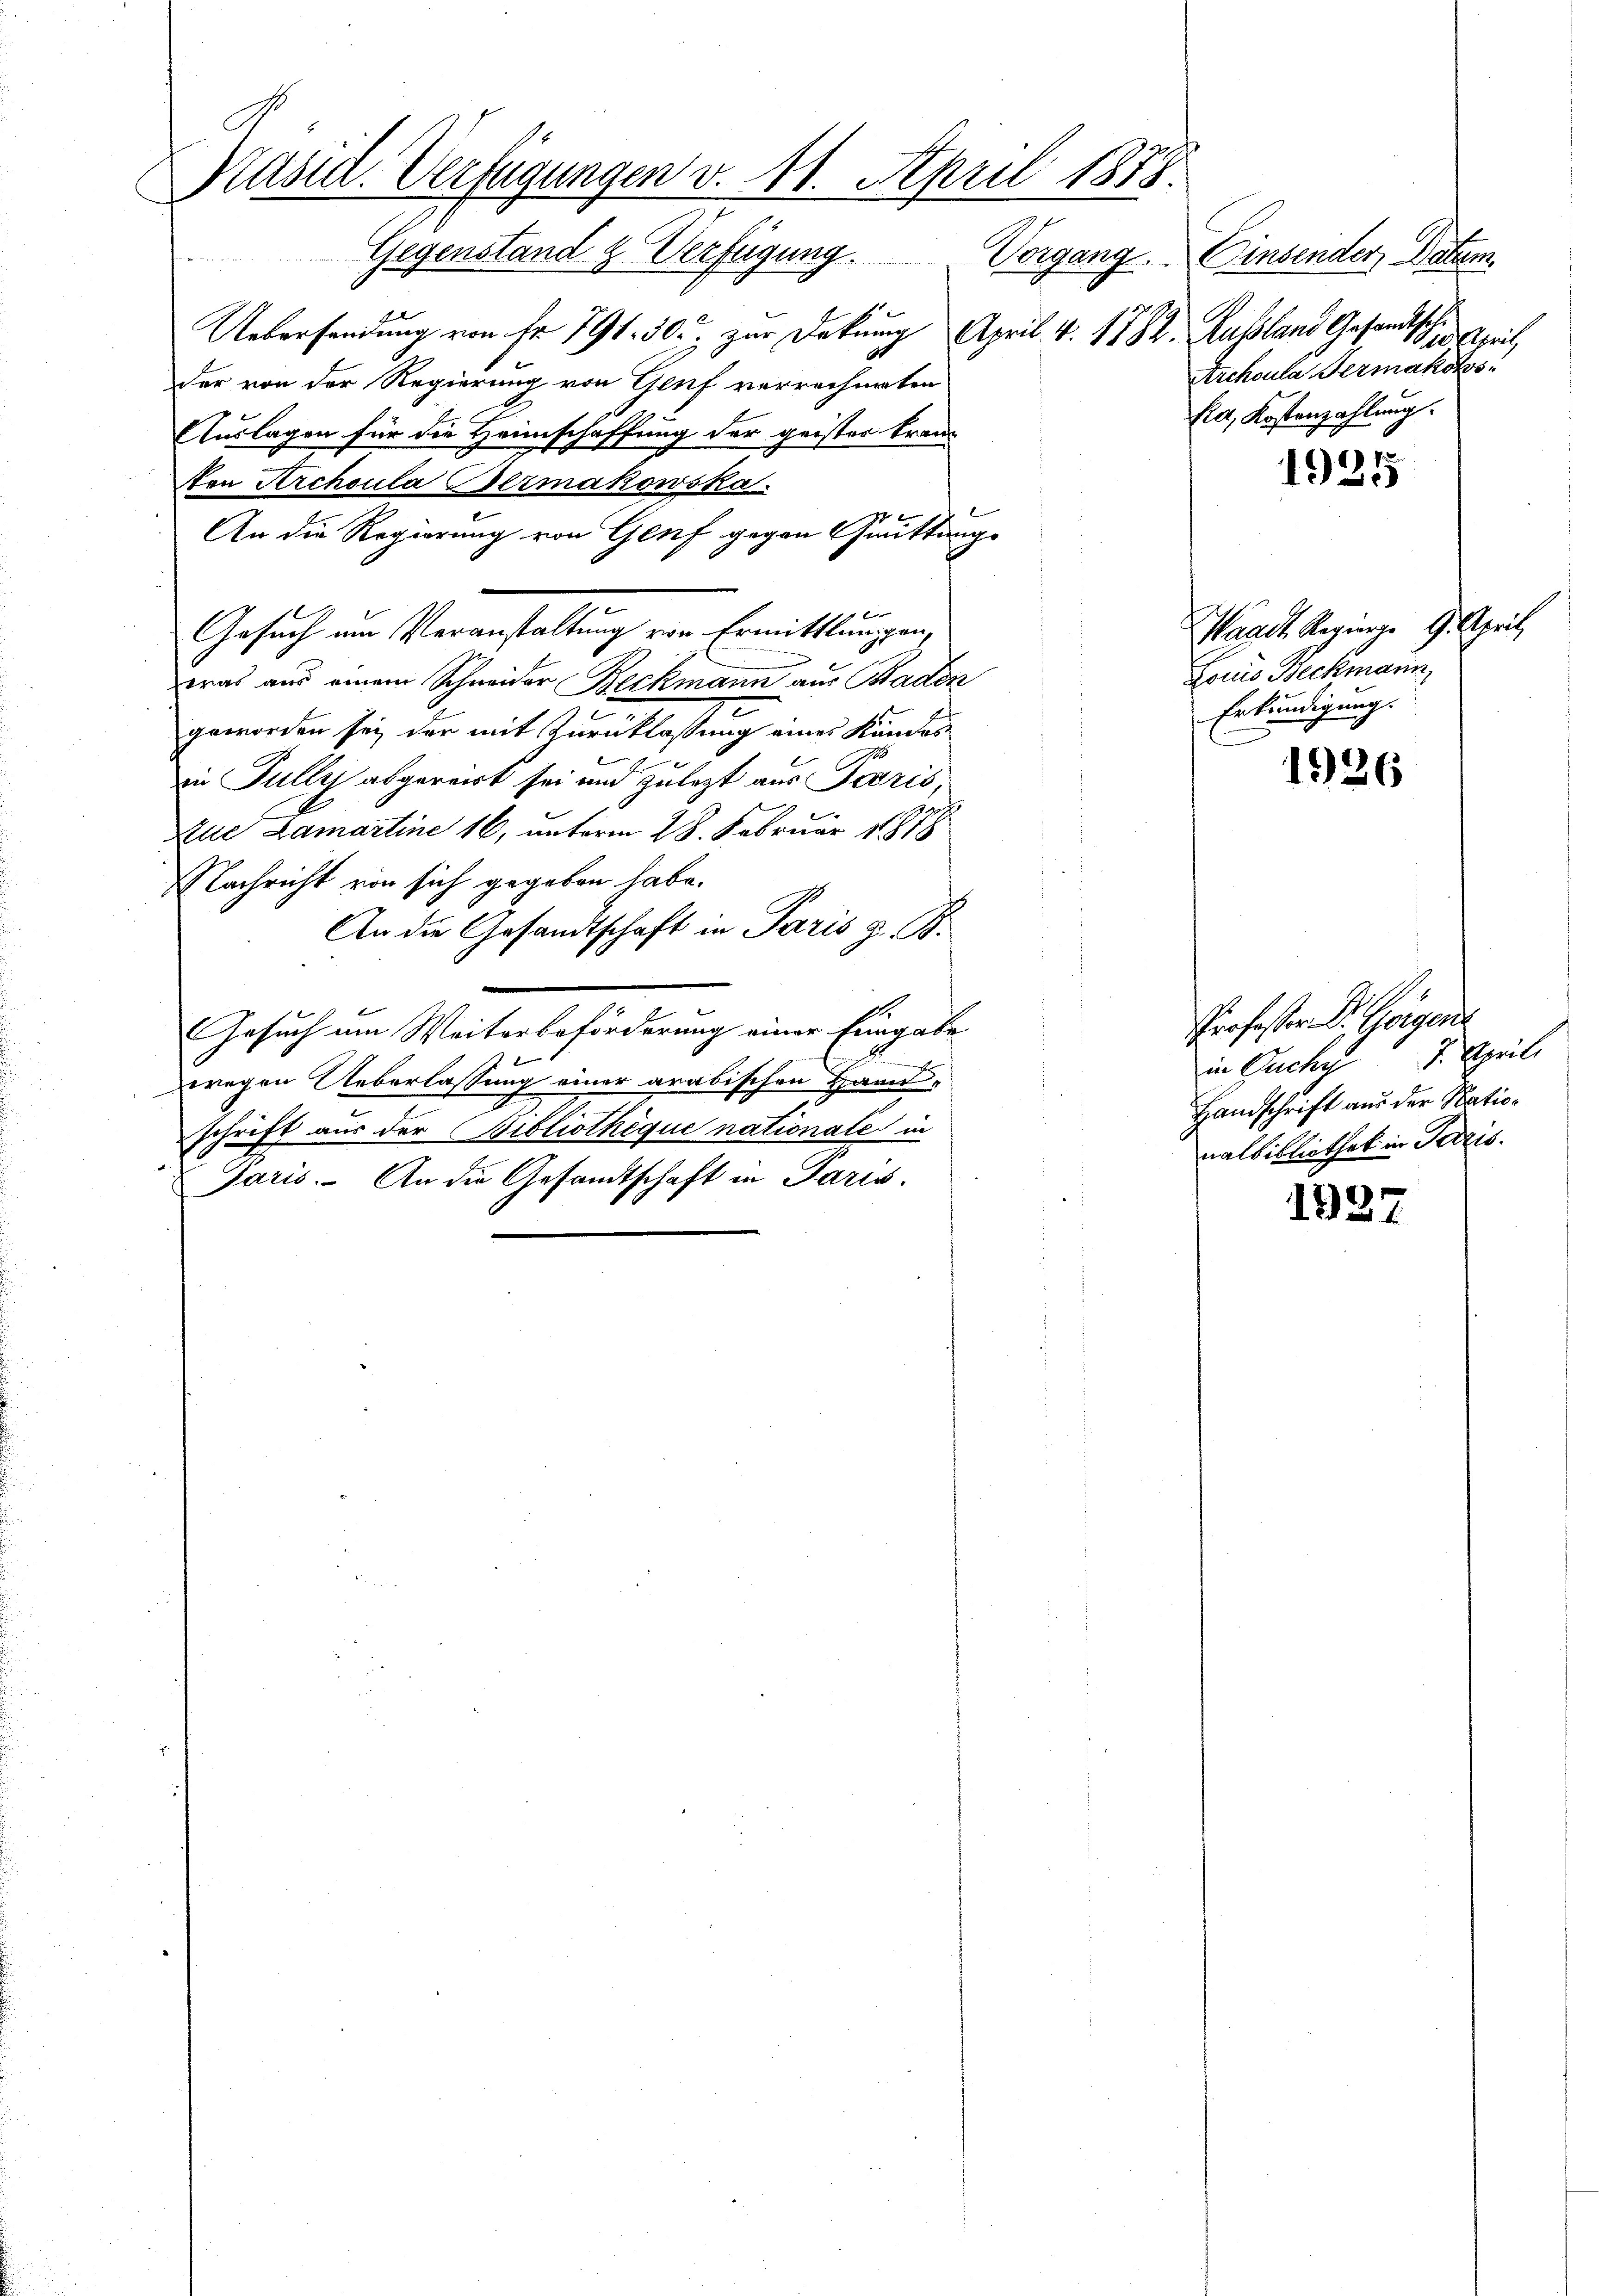
Präsid. Verfügungen v. 14. April 1858.
Gegenstand z. Verfügung. Vorgang.

Uebersendung von Fr. 791. 30. zur Deckung April. v. 1782. Russland Gesandtsel
der von der Regierung von Genf verrechneten
Auslagen für die Heimschaffung der geistes Franz
Non Archoula Germakowska
t
An die Regierung von Genf gegen Quittungs
Gesuch um Veranstaltung von Ermittlungen,
was aus einem Schneider Beckmann aus Baden
geworden sei, der mit Zurücklassung eines Kandes
in Fully abgereist sei und zulezt aus Paris,
Zue Lamartine 16, unterm 28. Februar 1878
Nachricht von sich gegeben habe.
An die Gesandtschaft in Paris z. B.
Gesuch um Weiterbeförderung einer Eingabe
zwegen Ueberlassung einer arabischen Hann-
schrift aus der Bibliothèque nationale in
Paris. An die Gesandtschaft in Paris.

Einsender, Datum
18 April
Archoula Germakohs.
Eia, Kostenzahlung.

1925

Waadt Regienge 9. April,
Louis Beckmann,
Erkundigung.

1926

1987

Professor D. Geigen
in Puches 7. Aprili
Handschrift aus der Nationalbibliothek in Paris.